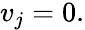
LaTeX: \begin{array}{r}{v_{j}=0.}\end{array}